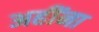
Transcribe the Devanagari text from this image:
अहींना